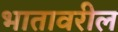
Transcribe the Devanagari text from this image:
भातावरील